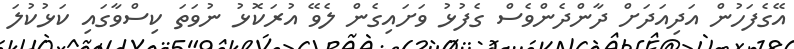
އޭގެފަހުން އަދިއަދަށް ދާންދެންވެސް ގެފުޅު ވަށައިގެން ލެވޭ އުރަކޮޅު ނުވަތަ ކިސްވާގައި ކަޅުކުލަ